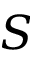
S